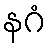
နဂံ